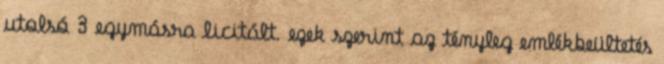
utolsó 3 egymásra licitált. ezek szerint az tényleg emlékbeültetés